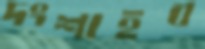
দংশাইব